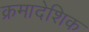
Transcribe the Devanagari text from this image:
क्रमादेशिक